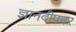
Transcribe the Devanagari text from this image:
ज्ञानदीपवर